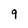
Character: g